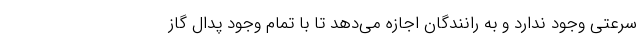
سرعتی وجود ندارد و به رانندگان اجازه می‌دهد تا با تمام وجود پدال گاز